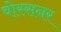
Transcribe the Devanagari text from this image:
वोस्सनर